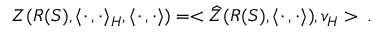
Z ( R ( S ) , \langle \cdot \, , \cdot \rangle _ { H } , \langle \cdot \, , \cdot \rangle ) = < \widehat { Z } ( R ( S ) , \langle \cdot \, , \cdot \rangle ) , v _ { H } > \, .